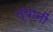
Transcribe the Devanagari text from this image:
त्यानीं